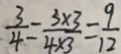
\frac { 3 } { 4 } = \frac { 3 \times 3 } { 4 \times 3 } = \frac { 9 } { 1 2 }